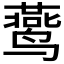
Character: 𬸧